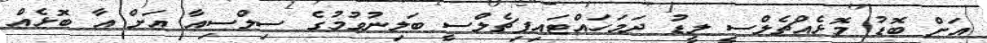
އަށް ބޮޑު މޮޅެއްޗެލްސީ ލީޑު ދަމަހައްޓައިފިޗެލްސީ ބަލިނުވުމުގެ ސިލްސިއާ އަށް އާ ބޮޅެއް